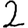
Digit: 2